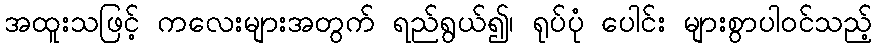
အထူးသဖြင့် ကလေးများအတွက် ရည်ရွယ်၍၊ ရုပ်ပုံ ပေါင်း များစွာပါဝင်သည့်